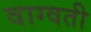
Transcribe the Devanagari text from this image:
वाग्वती